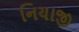
નિયાજી